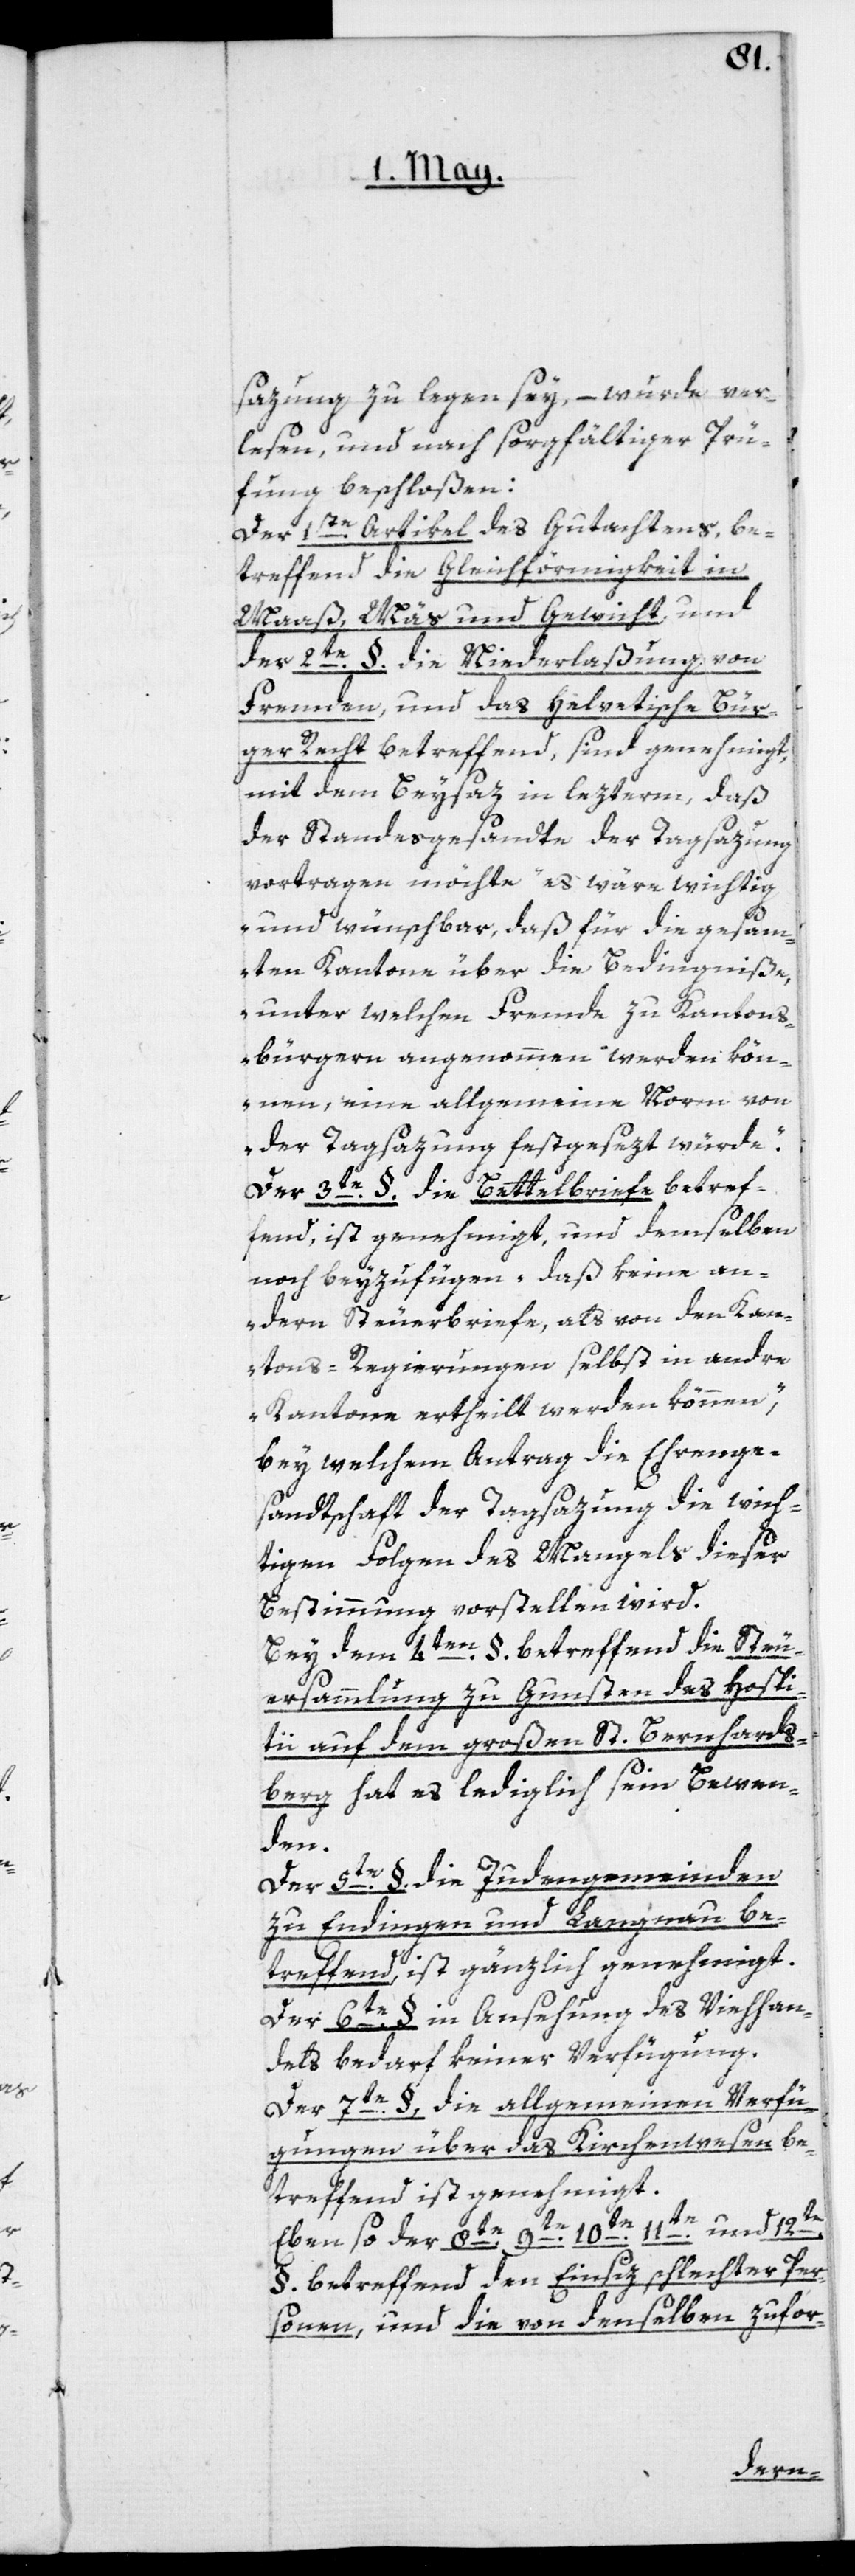
sazung zu legen sey, – wurde ver¬
lesen, und nach sorgfältiger Prü¬
fung beschloßen:
Der 1ste Artikel des Gutachtens, be¬
treffend die Gleichförmigkeit in
Maaß, Mäs und Gewicht, und
der 2te § die Niederlaßung von
Fremden, und das Helvetische Bür¬
ger Recht betreffend, sind genehmigt,
mit dem Beysaz in lezterm, daß
der Standesgesandte der Tagsazung
vortragen möchte „es wäre wichtig
und wünschbar, daß für die gesam¬
ten Kantone über die Bedingniße,
unter welchen Fremde zu Kantons¬
bürgern angenommen werden kön¬
nen, eine allgemeine Norm von
der Tagsazung festgesezt würde“.
Der 3te §. die Bettelbriefe betref¬
fend, ist genehmigt, und demselben
noch beyzufügen „daß keine an¬
dern Steuerbriefe, als von den Kan¬
tons-Regierungen selbst in andre
Kantone ertheilt werden können“,
bey welchem Antrag die Ehrenge¬
sandtschaft der Tagsazung die wich¬
tigen Folgen des Mangels dieser
Bestimmung vorstellen wird.
Bey dem 4ten § betreffend die Steu¬
ersammlung zu Gunsten des Hospi¬
tii auf dem Großen St. Bernhards¬
berg, hat es lediglich sein Bewen¬
den.
Der 5te §. die Judengemeinden
zu Endingen und Lengnau be¬
treffend, ist gänzlich genehmigt.
Der 6te §. in Ansehung des Viehhan¬
dels bedarf keiner Verfügung.
Der 7te §. die allgemeinen Verfü¬
gungen über das Kirchenwesen be¬
treffend ist genehmigt.
12te
Ebenso der 8te[,]
§. betreffend der Einsiz schlechter Per¬
sonen, und die von denselben zu for-